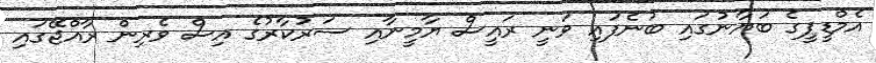
އެމްޑީޕީގެ ބަޔާނުގައި ބުނެފައި ވަނީ ރައީސް ޔާމީނާއި ސަރުކާރުގެ އިސް ވެރިން ރާއްޖޭގައި